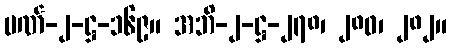
ပဏ်-၂-ဋ္ဌ-၁၆၉။ အဘိ-၂-ဋ္ဌ-၂၇၈၊ ၂၈၀၊ ၂၈၂။